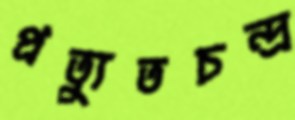
প্রত্যুতচন্দ্র